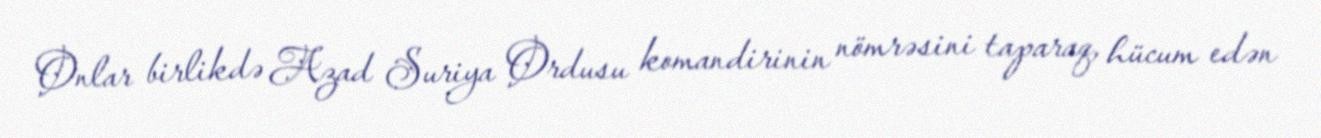
Onlar birlikdə Azad Suriya Ordusu komandirinin nömrəsini taparaq, hücum edən